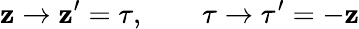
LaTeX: \mathbf{z}\rightarrow\mathbf{z}^{\prime}=\tau,\qquad\tau\rightarrow{\tau}^{\prime}=-\mathbf{z}